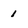
Character: 1